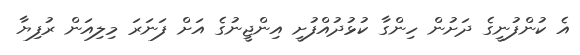
އެ ކުންފުނީގެ ދަށުން ހިންގާ ކުޅުދުއްފުށީ އިންޖީނުގެ އަށް ފަނަރަ މިލިއަން ރުފިޔާ